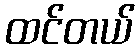
ထင်တယ်